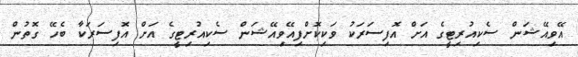
އޭވިއޭޝަން ސެކިއުރިޓީގެ އަށް އޮފިސަރަކު ވަކިކޮށްފިއޭވިއޭޝަން ސެކިއުރިޓީގެ އަށް އޮފިސަރަކާ ބެހޭ ގޮތުން